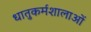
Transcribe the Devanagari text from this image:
धातुकर्मशालाओं